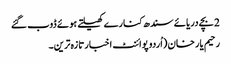
2 بچے دریائے سندھ کنارے کھیلتے ہوئے ڈوب گئے
رحیم یار خان (اُردو پوائنٹ اخبارتازہ ترین۔